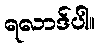
ရလာဒ်ပါ။